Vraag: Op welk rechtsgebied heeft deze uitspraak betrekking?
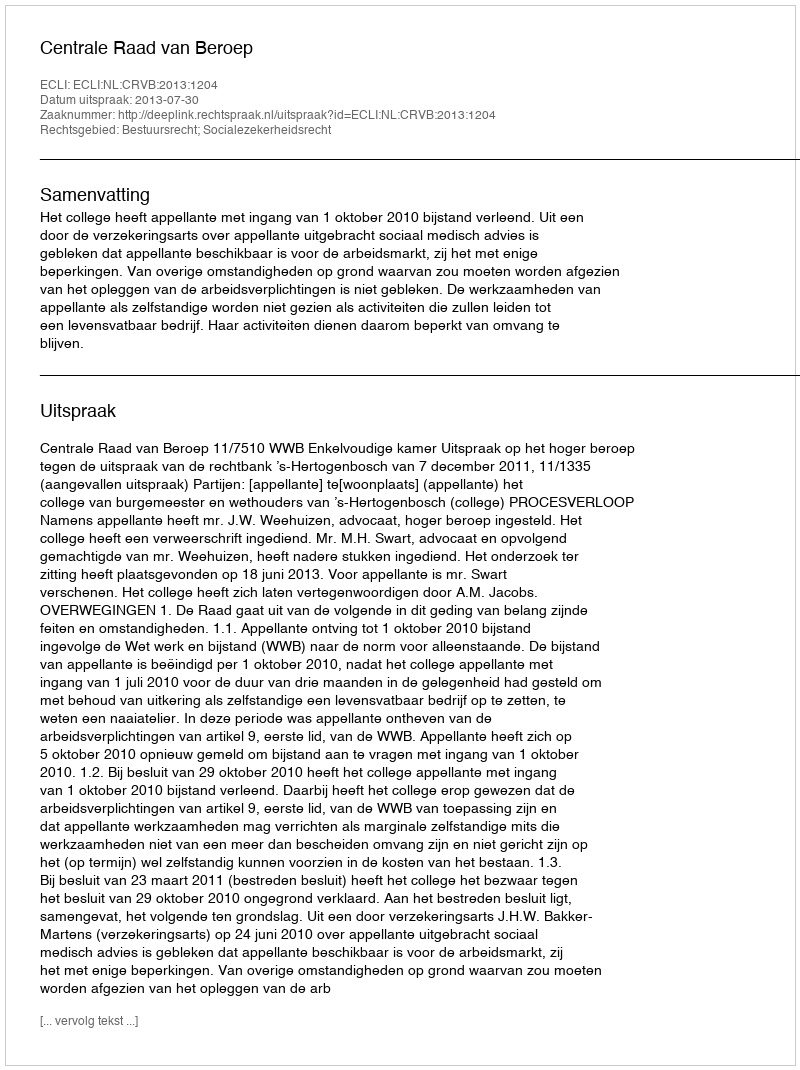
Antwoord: Bestuursrecht; Socialezekerheidsrecht